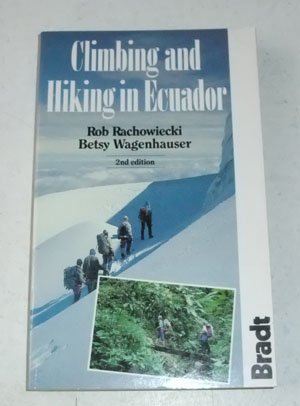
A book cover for Climbing and Hiking In Ecuador; Rob Rachowiecki; Travel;